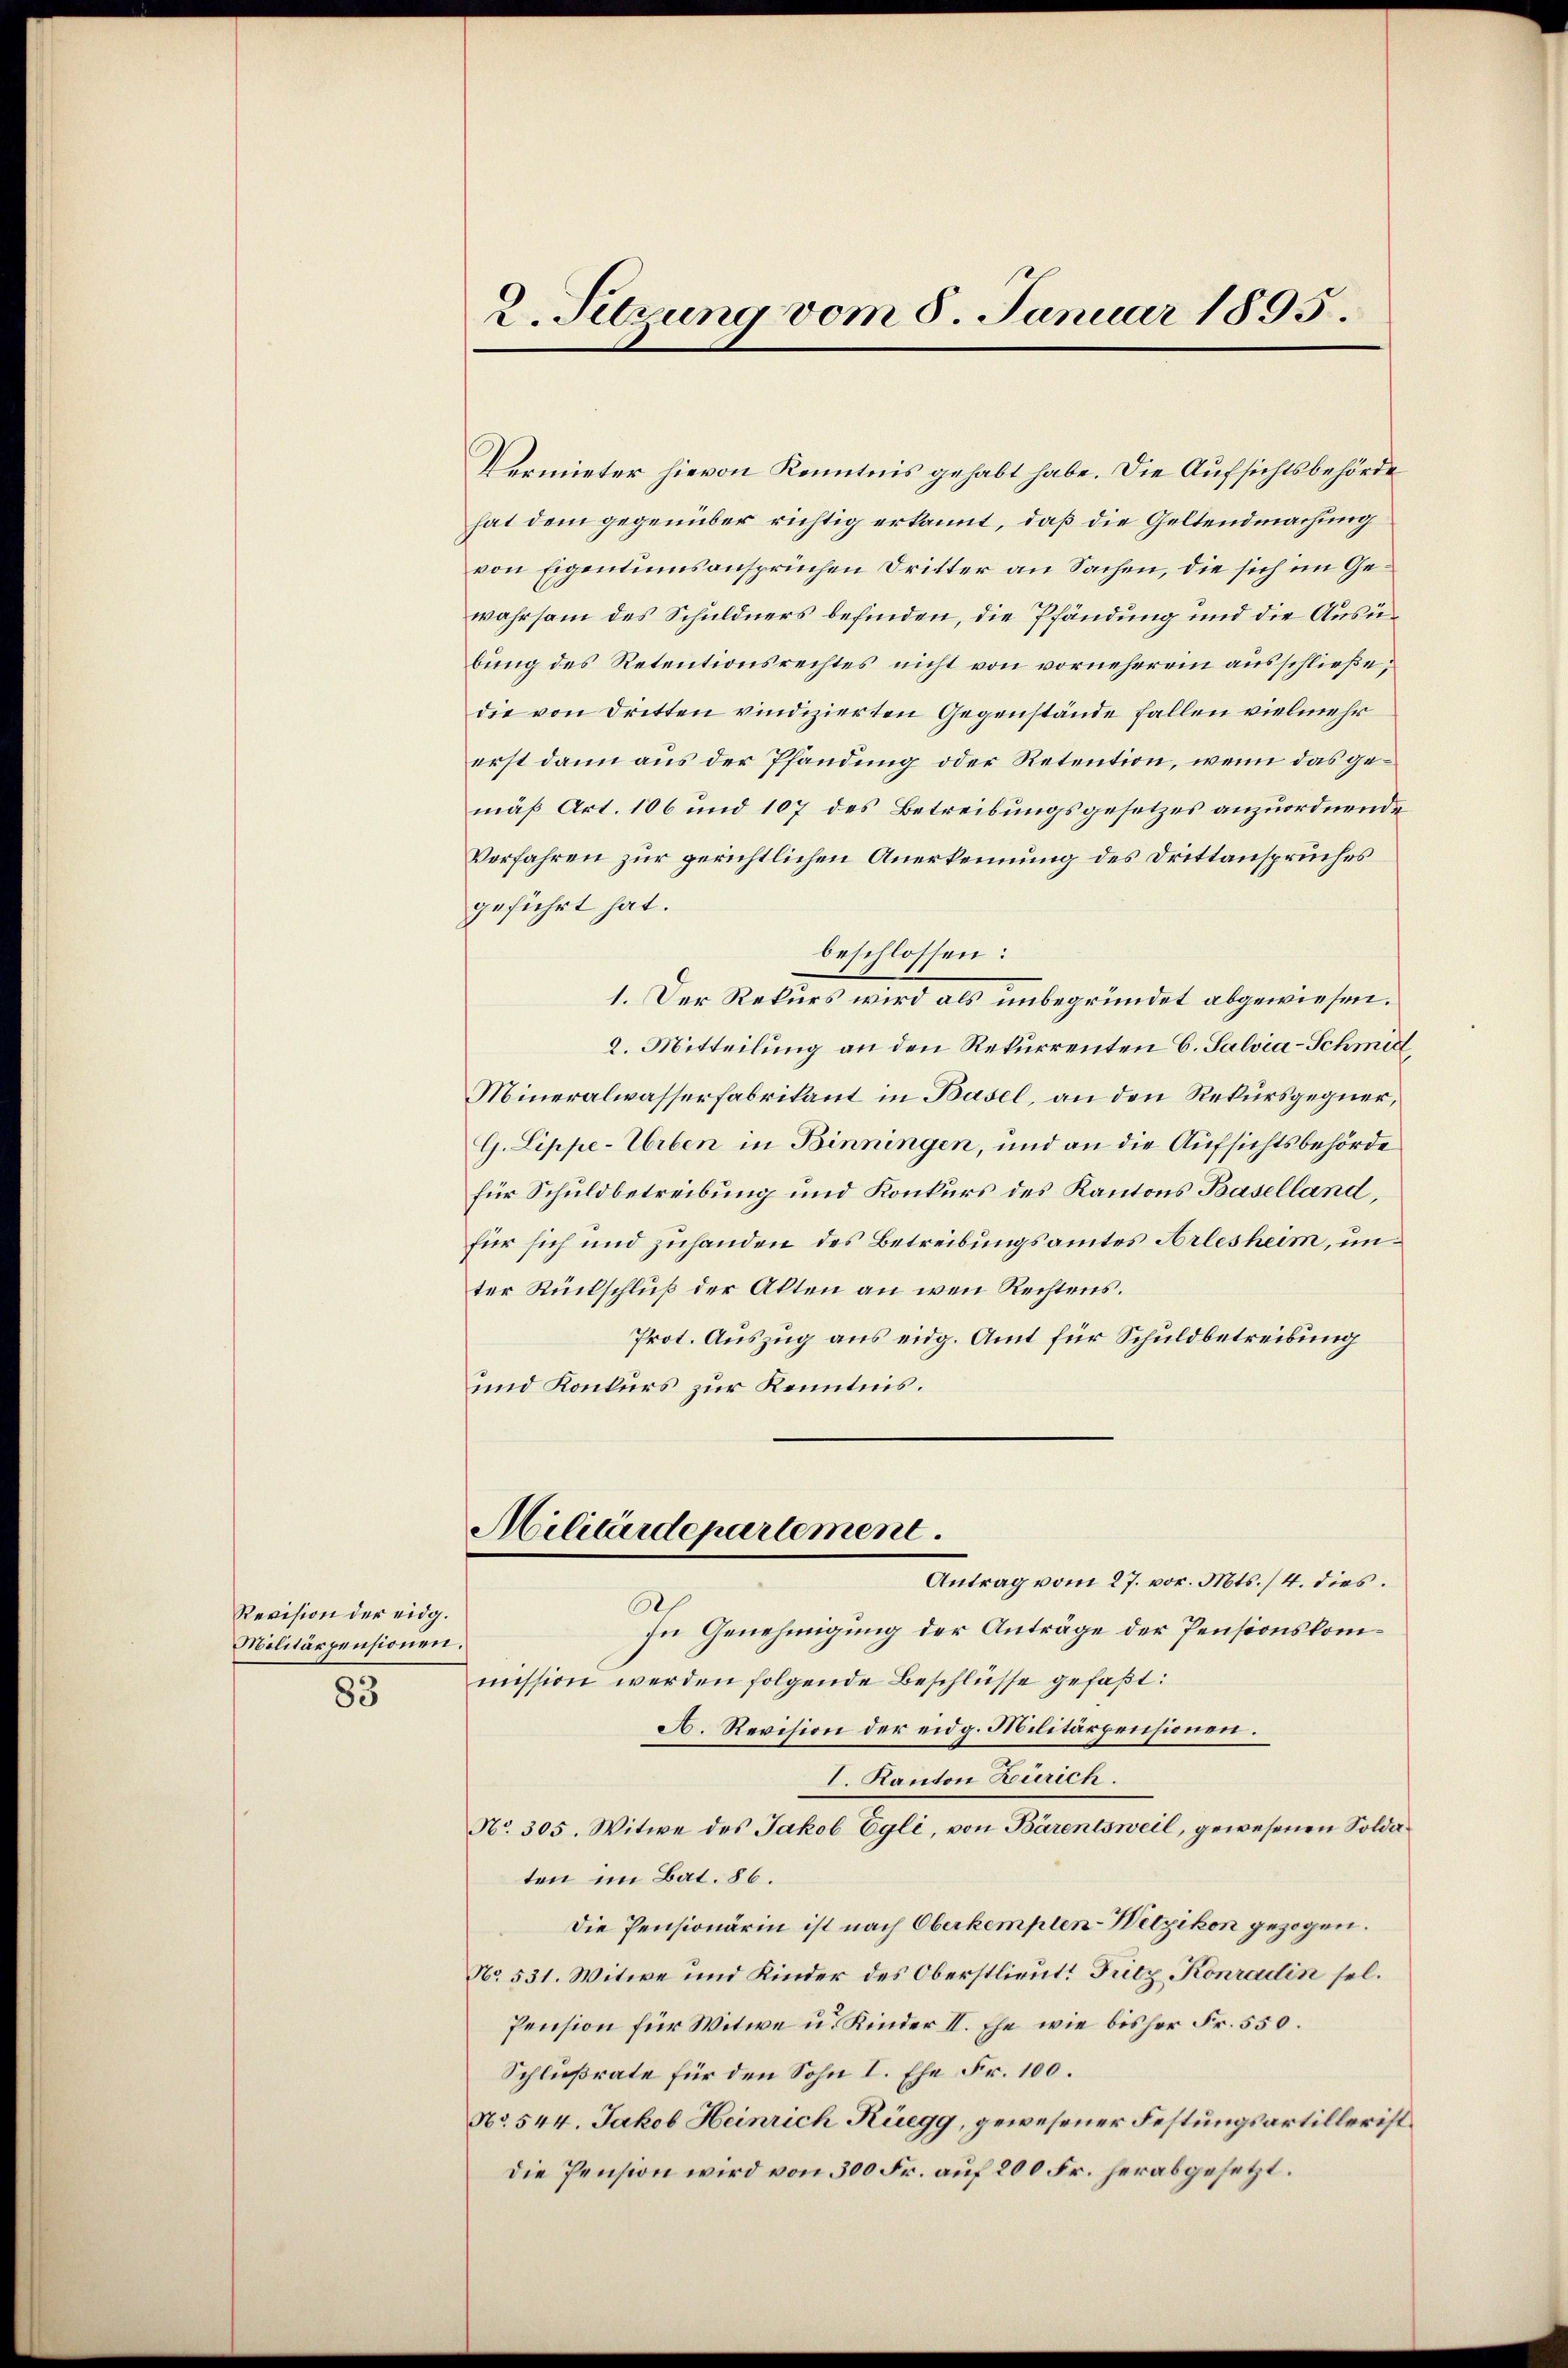
Revision der eidg.
Militärpensionen.

83

2. Setzung vom 5. Januar 1895.

Vermieter hievon Kenntnis gehabt habe. Die Aufsichtsbehörde
hat dem gegenüber richtig erkannt, daß die Geltendmachung
von Eigentumsansprüchen Dritter an Sachen, die sich im Gewahrsam des Schuldners befinden, die Pfändung und die Ausübung des Retentionsrechtes nicht von vorneherein ausschließe,
die von Dritten vindizierten Gegenstände fallen vielmehr
erst dann aus der Pfandung oder Retention, wenn das gemäß Art. 106 und 107 des Betreibungsgesetzes anzuordnende
Vorfahren zur gerichtlichen Anerkennung des Drittanspruches
geführt hat.
beschlossen:
1. Der Rekurs wird als unbegründet abgewiesen.
2. Mitteilung an den Rekurrenten C. Salvia-Schmid,
Mineralwasserfabrikant in Basel, an den Rekursgegner,
G. Lippe-Urben in Binningen, und an die Aufsichtsbehörde
für Schuldbetreibung und Konkurs des Kantons Baselland,
für sich und zuhanden des Betreibungsamtes Arlesheim, unter Rückschluß der Akten an wen Rechtens.
Prot. Auszug aus eidg. Amt für Schuldbetreibung
und Konkurs zur Kenntnis.
Militärdepartement.
Antrag vom 27. vor. Mts. /4. dies.
A
In Genehmigung der Anträge der Pensionskommission werden folgende Beschlüsse gefaßt:
A. Revision der eidg. Militärpensionen.
I. Kanton Zürich.
No. 305. Witwe des Jakob Egli, von Bärentsweil, gewesenen Soldaten im Bat. 86.
Die Pensionärin ist nach Oberkempten-Wetzikon gezogen.
No. 531. Witwe und Kinder des Oberstlieut. Fritz Konradin sel.
Pension für Witwe u. Kinder II. Ehe wie bisher Fr. 550.
Schlußrate für den Sohn I. Ehe Fr. 100.
No. 544. Jakob Heinrich Rüegg, gewesener Festungsartilleristdie Pension wird von 300 Fr. auf 200 Fr. herabgesetzt.